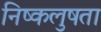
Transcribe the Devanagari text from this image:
निष्कलुषता